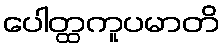
ပေါတ္ထကူပမာတိ